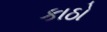
કાઠો